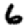
Digit: 6